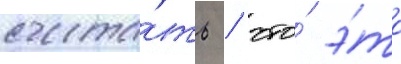
счита́ть / что́ э́то